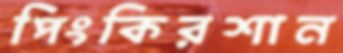
পিংকিরশান